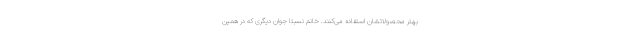
بهتر محصولاتشان استفاده می‌کنند. خانم نسبتاً جوان دیگری که در همین